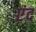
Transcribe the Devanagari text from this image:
एंद